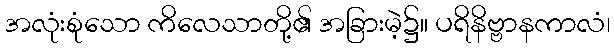
အလုံးစုံသော ကိလေသာတို့၏ အခြားမဲ့၌။ ပရိနိဗ္ဗာနကာလံ၊